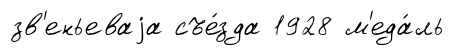
зв'еньеваjа съе́зда 1928 м'еда́ль